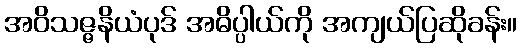
အဝိသဇ္ဇနိယံပုဒ် အဓိပ္ပါယ်ကို အကျယ်ပြဆိုခန်း။